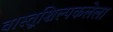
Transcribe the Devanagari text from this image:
वास्तूशिल्पकलेला